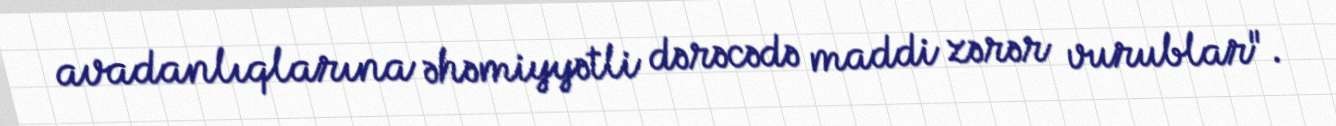
avadanlıqlarına əhəmiyyətli dərəcədə maddi zərər vurublar".